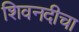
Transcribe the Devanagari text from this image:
शिवनदीचा